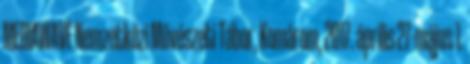
MEDIAWAVE Nemzetközi Művészeti Tábor, Komárom, 2017. április 27-május 1.